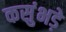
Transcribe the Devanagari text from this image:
कसुंभड़े